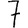
Digit: 7